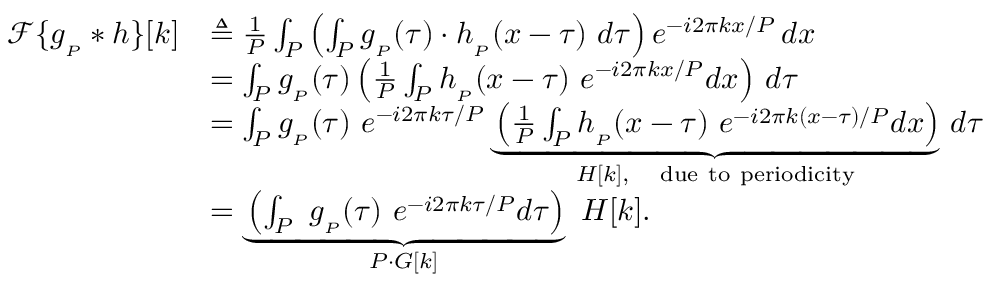
{ \begin{array} { r l } { { \mathcal { F } } \{ g _ { _ { P } } * h \} [ k ] } & { \triangleq { \frac { 1 } { P } } \int _ { P } \left( \int _ { P } g _ { _ { P } } ( \tau ) \cdot h _ { _ { P } } ( x - \tau ) \ d \tau \right) e ^ { - i 2 \pi k x / P } \, d x } \\ & { = \int _ { P } g _ { _ { P } } ( \tau ) \left( { \frac { 1 } { P } } \int _ { P } h _ { _ { P } } ( x - \tau ) \ e ^ { - i 2 \pi k x / P } d x \right) \, d \tau } \\ & { = \int _ { P } g _ { _ { P } } ( \tau ) \ e ^ { - i 2 \pi k \tau / P } \underbrace { \left( { \frac { 1 } { P } } \int _ { P } h _ { _ { P } } ( x - \tau ) \ e ^ { - i 2 \pi k ( x - \tau ) / P } d x \right) } _ { H [ k ] , \quad { \mathrm { d u e ~ t o ~ p e r i o d i c i t y } } } \, d \tau } \\ & { = \underbrace { \left( \int _ { P } \ g _ { _ { P } } ( \tau ) \ e ^ { - i 2 \pi k \tau / P } d \tau \right) } _ { P \cdot G [ k ] } \ H [ k ] . } \end{array} }